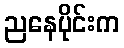
ညနေပိုင်းက